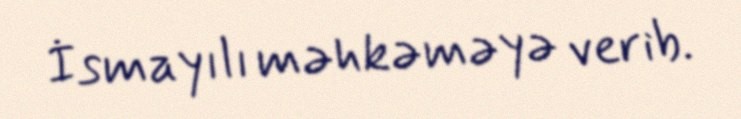
İsmayılı məhkəməyə verib.